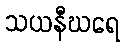
သယနီဃရေ